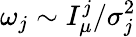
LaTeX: \omega_{j}\sim I_{\mu}^{j}/\sigma_{j}^{2}